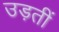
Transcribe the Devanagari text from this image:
उड़तीं